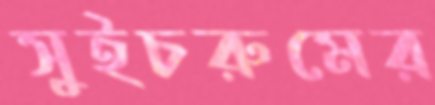
সুইচরুমের